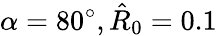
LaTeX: \alpha=80^{\circ},\hat{R}_{0}=0.1